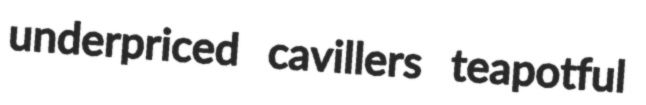
underpriced cavillers teapotful